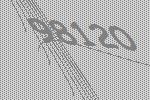
98120